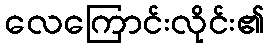
လေကြောင်းလိုင်း၏